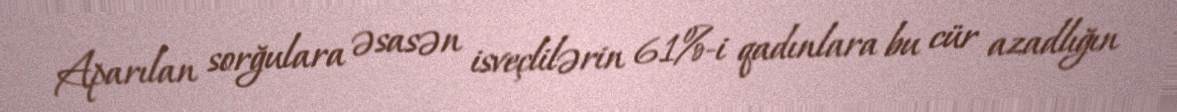
Aparılan sorğulara əsasən isveçlilərin 61%-i qadınlara bu cür azadlığın